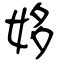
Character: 姼